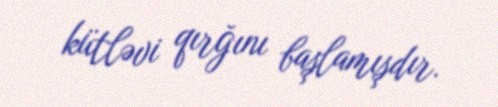
kütləvi qırğını başlamışdır.